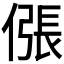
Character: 𫣖